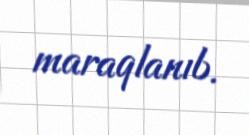
maraqlanıb.